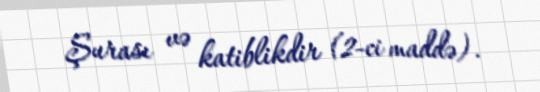
Şurası və katiblikdir (2-ci maddə).